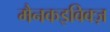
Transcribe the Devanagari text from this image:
मैनकइविक्ज़